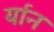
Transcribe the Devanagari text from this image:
र्यान